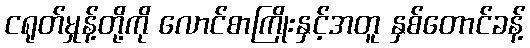
ငရုတ်မှုန့်တို့ကို လောင်စာကြိုးနှင့်အတူ နှစ်တောင်ခန့်